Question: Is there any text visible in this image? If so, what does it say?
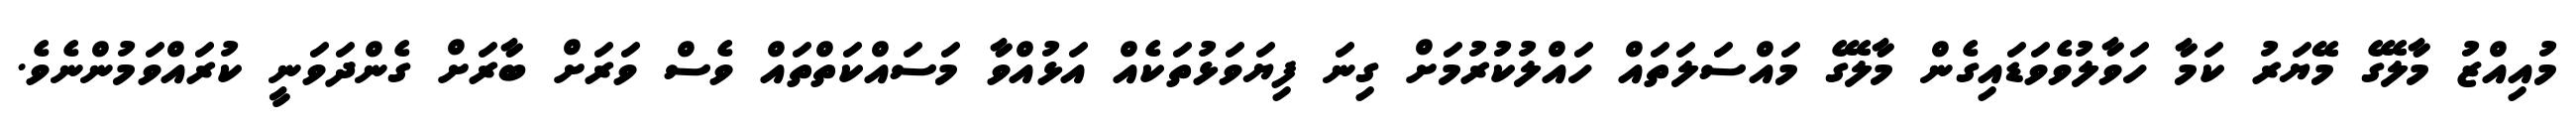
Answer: މުއިއްޒު މާލޭގެ މޭޔަރު ކަމާ ހަވާލުވެވަޑައިގެން މާލޭގެ މައްސަލަތައް ހައްލުކުރުމަށް ގިނަ ފިޔަވަޅުތަކެއް އަޅުއްވާ މަސައްކަތްތައް ވެސް ވަރަށް ބާރަށް ގެންދަވަނީ ކުރައްވަމުންނެވެ.